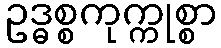
ဥဒ္ဓစ္စကုက္ကုစ္စာ